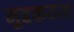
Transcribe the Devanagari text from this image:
मुद्दकयम